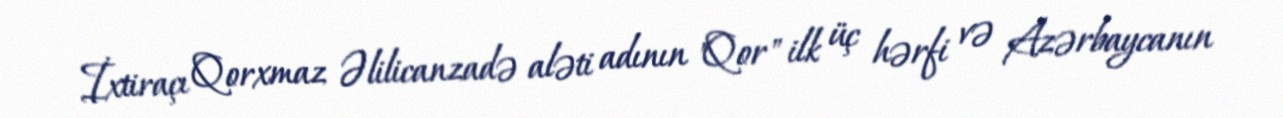
İxtiraçı Qorxmaz Əlilicanzadə aləti adının "Qor" ilk üç hərfi və Azərbaycanın